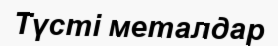
Түсті металдар